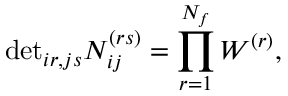
\mathrm { d e t } _ { i r , j s } N _ { i j } ^ { ( r s ) } = \prod _ { r = 1 } ^ { N _ { f } } W ^ { ( r ) } ,